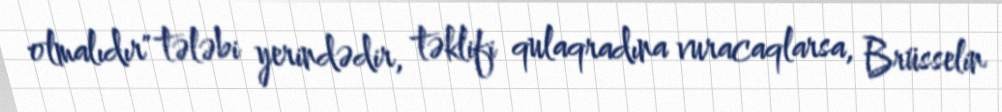
olmalıdır" tələbi yerindədir, təklifi qulaqradına vuracaqlarsa, Brüsselin